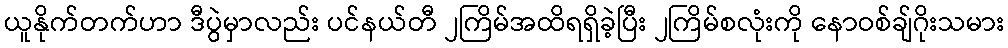
ယူနိုက်တက်ဟာ ဒီပွဲမှာလည်း ပင်နယ်တီ ၂ကြိမ်အထိရရှိခဲ့ပြီး ၂ကြိမ်စလုံးကို နောဝစ်ချ်ဂိုးသမား